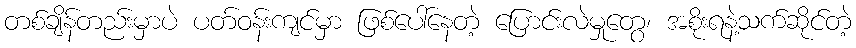
တစ်ချိန်တည်းမှာပဲ ပတ်ဝန်းကျင်မှာ ဖြစ်ပေါ်နေတဲ့ ပြောင်းလဲမှုတွေ၊ အစိုးရနဲ့သက်ဆိုင်တဲ့